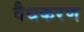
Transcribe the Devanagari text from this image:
वैधकरण